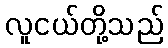
လူငယ်တို့သည်